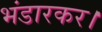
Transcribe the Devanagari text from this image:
भंडारकर।